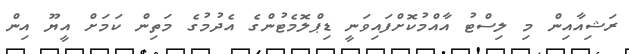
ރަޝިއާއިން މި ލިސްޓު އާއްމުކޮށްފައިވަނީ ޑިޕްލޮމެޓުންގެ އެދުމުގެ މަތިން ކަމަށް އީޔޫ އިން